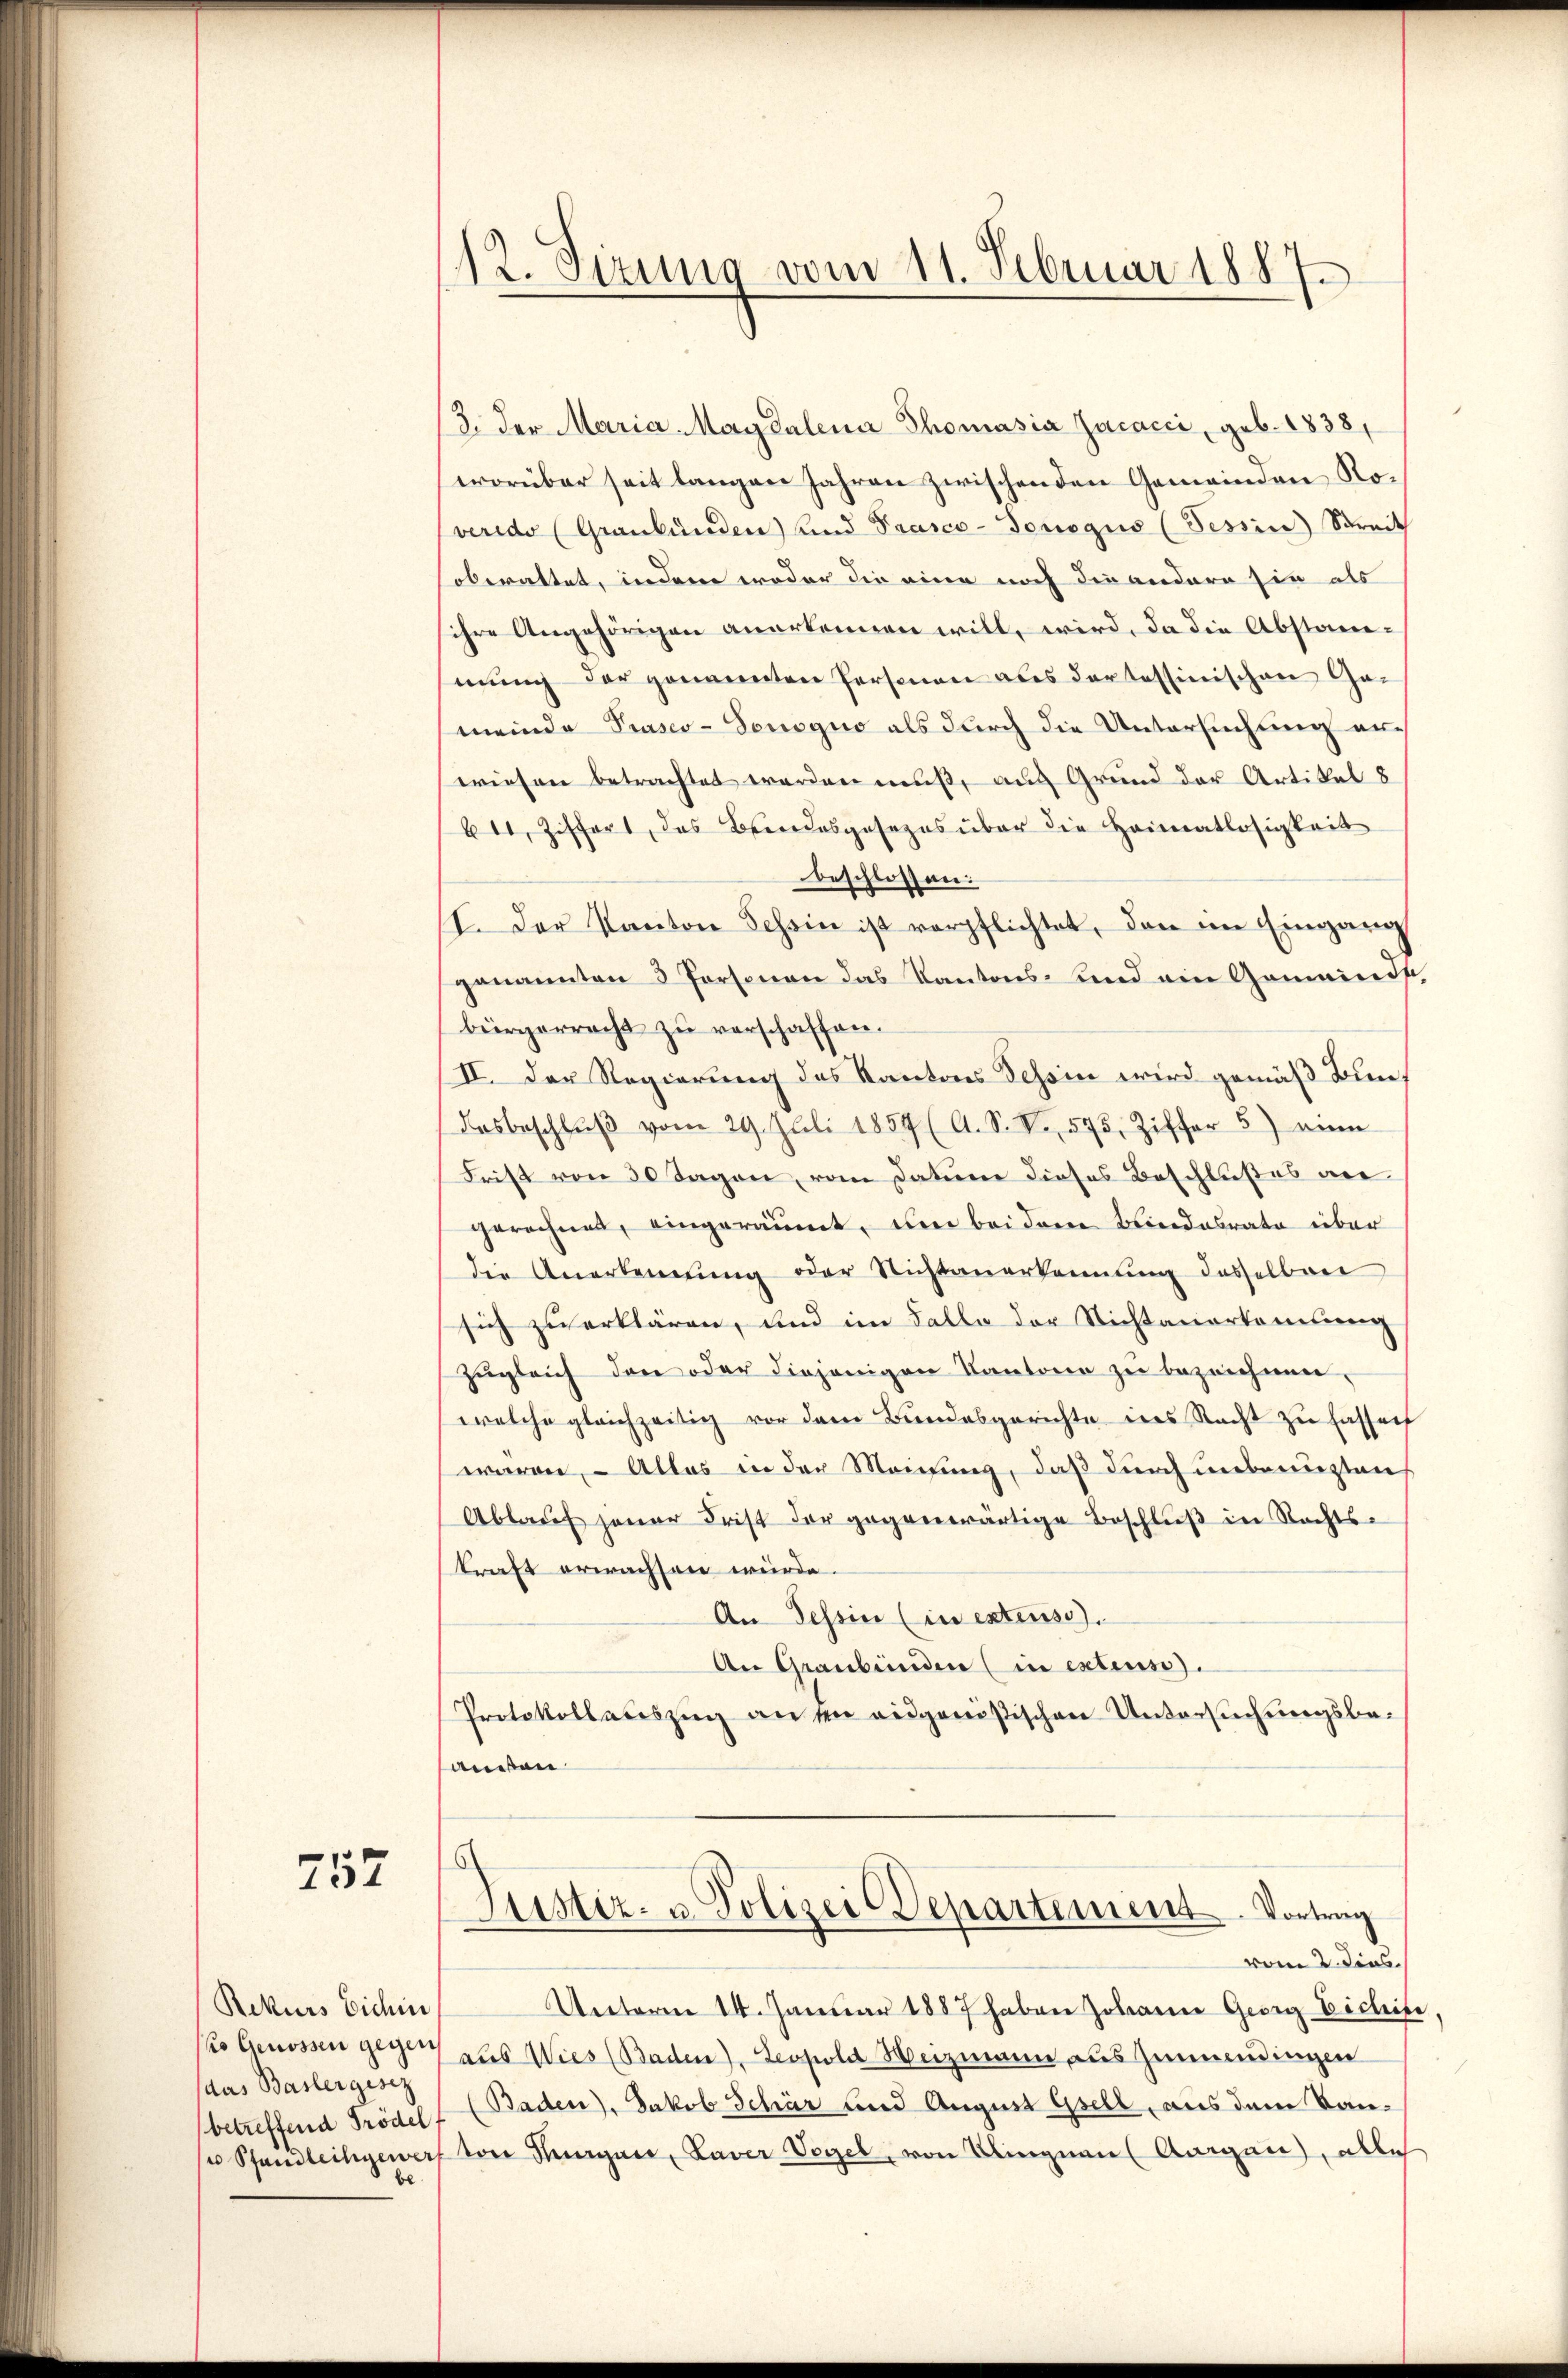
752

Rekurs Eichin
das Baslergesez

12. Sirung vom 11. Februar 1887.

/3. der Maria Magdalena Thomasia Zacacci, geb. 1838,
worüber seit langen Jahren zwischenden Gemeinden Ro¬
(veredo (Graubünden) und Pausco-Tonogus (Tessin Streit
oberattet, indem weder die eine noch die andern sie als
ihre Angehörigen anerkennen will, wird, da die Abstanmŭng der genannten Personen als der tessinischen Ge-
meinde Praseo-Sonogno als durch die Untersuchung auf
wiesen betrachtet werden muß, auf Grund der Artikel 8
64, Ziffert, das Beendesgesezes über die Heimatlosigkeit
beschlossen:
I. Der Kanton Schein ist verpflichtet, den im Eingang
genannten 3 Personen das Kantons- und ein Gemeindsbürgerrecht zu verschaffen.
II. Der Regierung des Kantons Tessin wird gemäß Bundasbeschlŭβ vom 29. Juli 1854 (A. S. Nr. 575, Ziffer 5) eine
Frist von 30 Tagen, vom Datum dieses Beschlußes angerechnet, eingeräumt, um bei dem Blindesrate über
die Anerkennung oder Nichtanerkennung desselben
sich zu erklären, und im Falle der Nichtanerkamlung
zugleich den oder diejenigen Kantone zu bezeichnen.
welche gleichzeitig vor dem Bundesgerichte ins Nacht zu hassach
waren, – Alles in der Meichung, daß durch unbenuzten
Ablaŭf jener Frist der gegenwärtige Beschlŭβ in Rechts-
kraft erwachsen würde.
An Tessin (in extens).
An Graubünden (in extens).
Protokollauszug an den ausgenößischen Untersuchungsbelanden

Justiz- u. Polizei Departement. Vortrag
vom 2. dies

Unterm 14. Januar 1887 haben Johann Georg Eichise,
/o Genossen gegen aus Wies (Baden), Leopold Weizmann auszumündingen
betreffend Trödel (Baden), Jakob Schär und August Gsell, aus dem Kan¬
u Pfandleihgewarf von Thurgau, Laver Vogel, von Klingnau (Aargau, alles